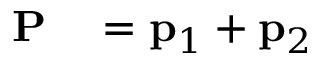
\begin{array} { r l } { \mathbf { P } } & { { } = \mathbf { p } _ { 1 } + \mathbf { p } _ { 2 } } \end{array}